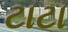
ટાટા